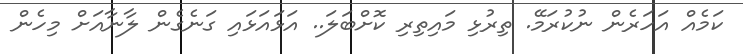
ކަމެއް އަހަރެން ނުކުރަމޭ. ތިރުޅި މައިތިރި ކޮށްބަލަ.. އަޅައަޅައި ގަނެގެން ލާނާއަށް މިހެން